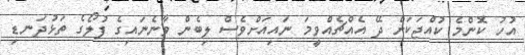
އުހު ކޮންމެ ކުއްޖަކަށް ދޭ އެއްޗެއްވީމަ ނައިއަށްވެސް ލިބެން ވާނެނައިގެ ފުލޯގެ ތަޅުދަނޑި